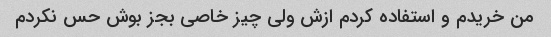
من خریدم و استفاده کردم ازش ولی چیز خاصی بجز بوش حس نکردم